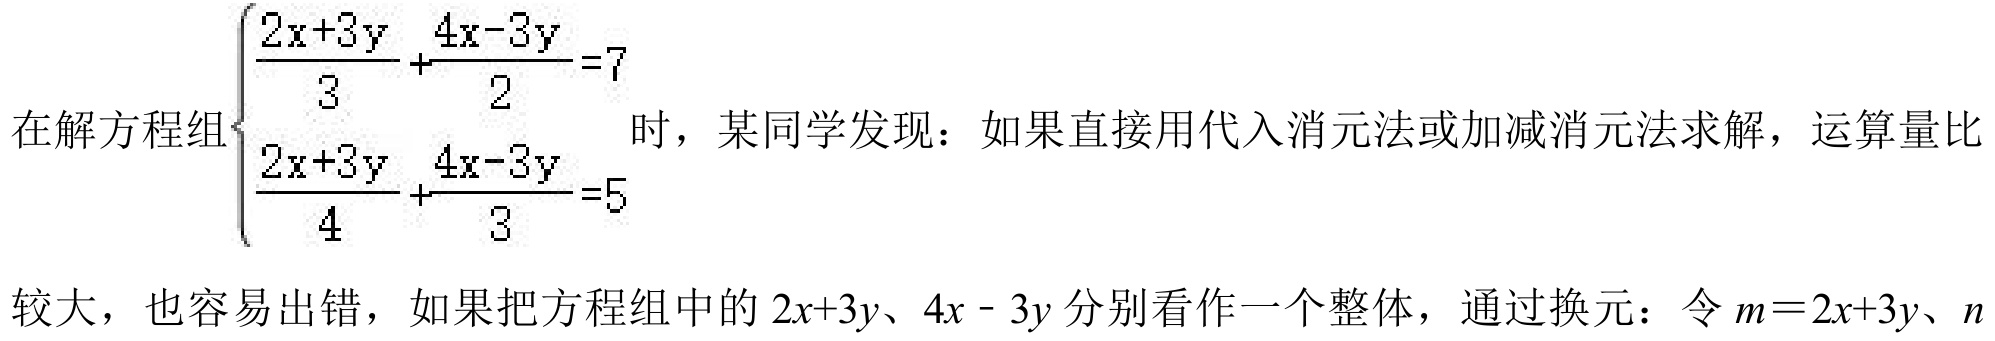
在解方程组$\begin{cases}
\frac{2x + 3y}{3}+\frac{4x - 3y}{2}=7 \\
\frac{2x + 3y}{4}+\frac{4x - 3y}{3}=5
\end{cases}$时，某同学发现：如果直接用代入消元法或加减消元法求解，运算量比较大，也容易出错，如果把方程组中的$2x + 3y$、$4x - 3y$分别看作一个整体，通过换元：令$m = 2x + 3y$、$n$